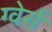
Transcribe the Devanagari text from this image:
ग्वेर्रा